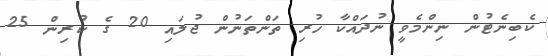
ކެބިނެޓުން ނިންމެވީ ނުދައްކާ ހުރި ތަންތަނުން ޖުލައި 20 ގެ ކުރިން 25